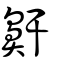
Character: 鼾